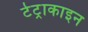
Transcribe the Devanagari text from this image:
टेट्राकाइन